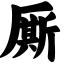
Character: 厮